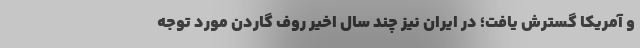
و آمریکا گسترش یافت؛ در ایران نیز چند سال اخیر روف گاردن مورد توجه